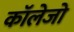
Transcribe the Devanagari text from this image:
काॅलेजो